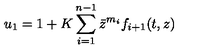
u _ { 1 } = 1 + K \sum _ { i = 1 } ^ { n - 1 } \bar { z } ^ { m _ { i } } f _ { i + 1 } ( t , z )